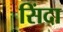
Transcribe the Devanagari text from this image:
सिंदा